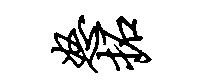
怒拓